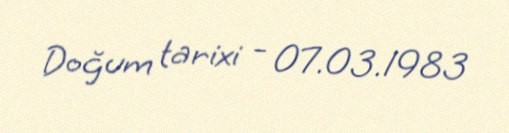
Doğum tarixi - 07.03.1983